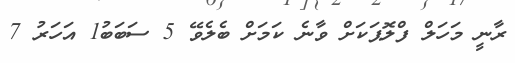
ރާނީ މަހަލް ފްލޮޕަކަށް ވާނެ ކަމަށް ބެލެވޭ 5 ސަބަބު1 އަހަރު 7